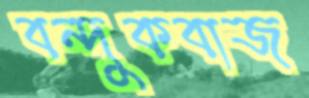
বন্দুকবাজ